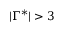
\vert \Gamma ^ { * } \vert > 3